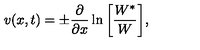
v ( x , t ) = \pm { \frac { \partial } { \partial x } } \ln \bigg [ { \frac { W ^ { * } } { W } } \bigg ] ,